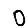
Digit: 0